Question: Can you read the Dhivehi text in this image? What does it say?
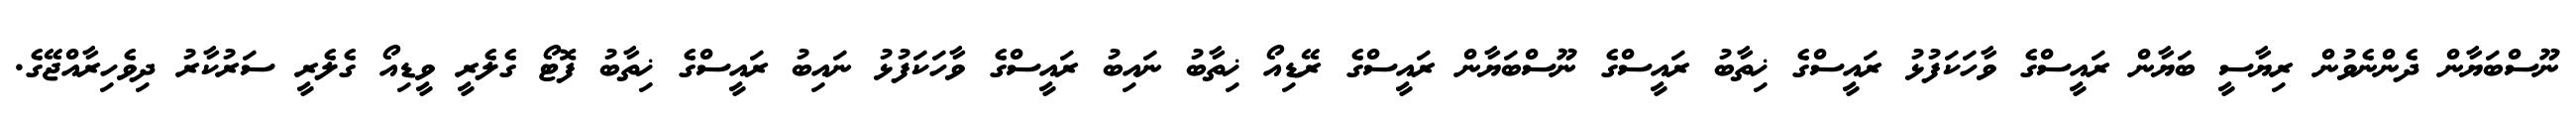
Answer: ނޫސްބަޔާން ދެންނެވުން ރިޔާސީ ބަޔާން ރައީސްގެ ވާހަކަފުޅު ރައީސްގެ ޚިތާބު ރައީސްގެ ނޫސްބަޔާން ރައީސްގެ ރޭޑިއޯ ޚިތާބު ނައިބު ރައީސްގެ ވާހަކަފުޅު ނައިބު ރައީސްގެ ޚިތާބު ފޮޓޯ ގެލެރީ ވީޑިއޯ ގެލެރީ ސަރުކާރު ދިވެހިރާއްޖޭގެ.